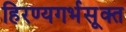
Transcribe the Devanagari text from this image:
हिरण्यगर्भसूक्त